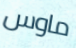
ماوس